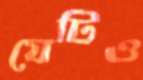
যেটিও